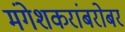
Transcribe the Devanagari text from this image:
मंगेशकरांबरोबर